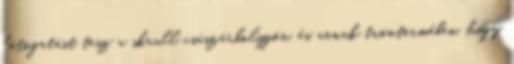
látogatást tesz a skrull császárbolygón, és annak tróntermében, hogy